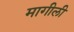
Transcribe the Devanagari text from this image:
मागीली